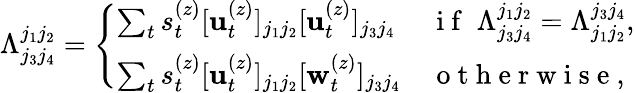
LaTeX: \Lambda_{j_{3}j_{4}}^{j_{1}j_{2}}=\left\{ \begin{array}{ll}{\sum_{t}s_{t}^{(z)}[\mathbf{u}_{t}^{(z)}]_{j_{1}j_{2}}[\mathbf{u}_{t}^{(z)}]_{j_{3}j_{4}}}&{\mathrm{~i~f~}\; \Lambda_{j_{3}j_{4}}^{j_{1}j_{2}}=\Lambda_{j_{1}j_{2}}^{j_{3}j_{4}},}\\ {\sum_{t}s_{t}^{(z)}[\mathbf{u}_{t}^{(z)}]_{j_{1}j_{2}}[\mathbf{w}_{t}^{(z)}]_{j_{3}j_{4}}}&{\mathrm{~o~t~h~e~r~w~i~s~e~},}\end{array}\right.